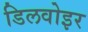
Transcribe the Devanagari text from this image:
डिलवोइर